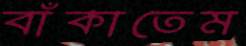
বাঁকাতেম